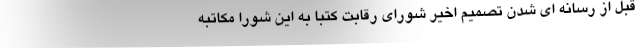
قبل از رسانه ای شدن تصمیم اخیر شورای رقابت کتبا به این شورا مکاتبه